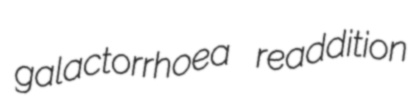
galactorrhoea readdition